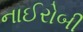
નાઈરોબી